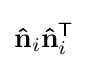
\mathbf {\hat {n}} _{i}\mathbf {\hat {n}} _{i}^{\mathsf {T}}